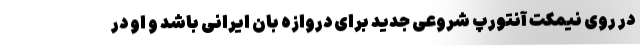
در روی نیمکت آنتورپ شروعی جدید برای دروازه بان ایرانی باشد و او در